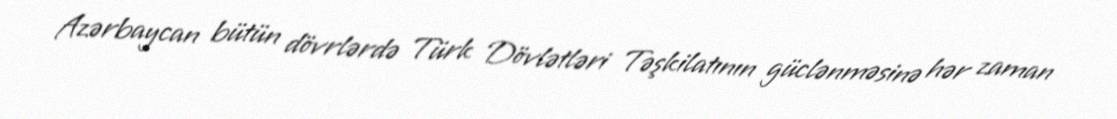
Azərbaycan bütün dövrlərdə Türk Dövlətləri Təşkilatının güclənməsinə hər zaman